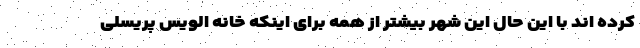
کرده اند با این حال این شهر بیشتر از همه برای اینکه خانه الویس پریسلی